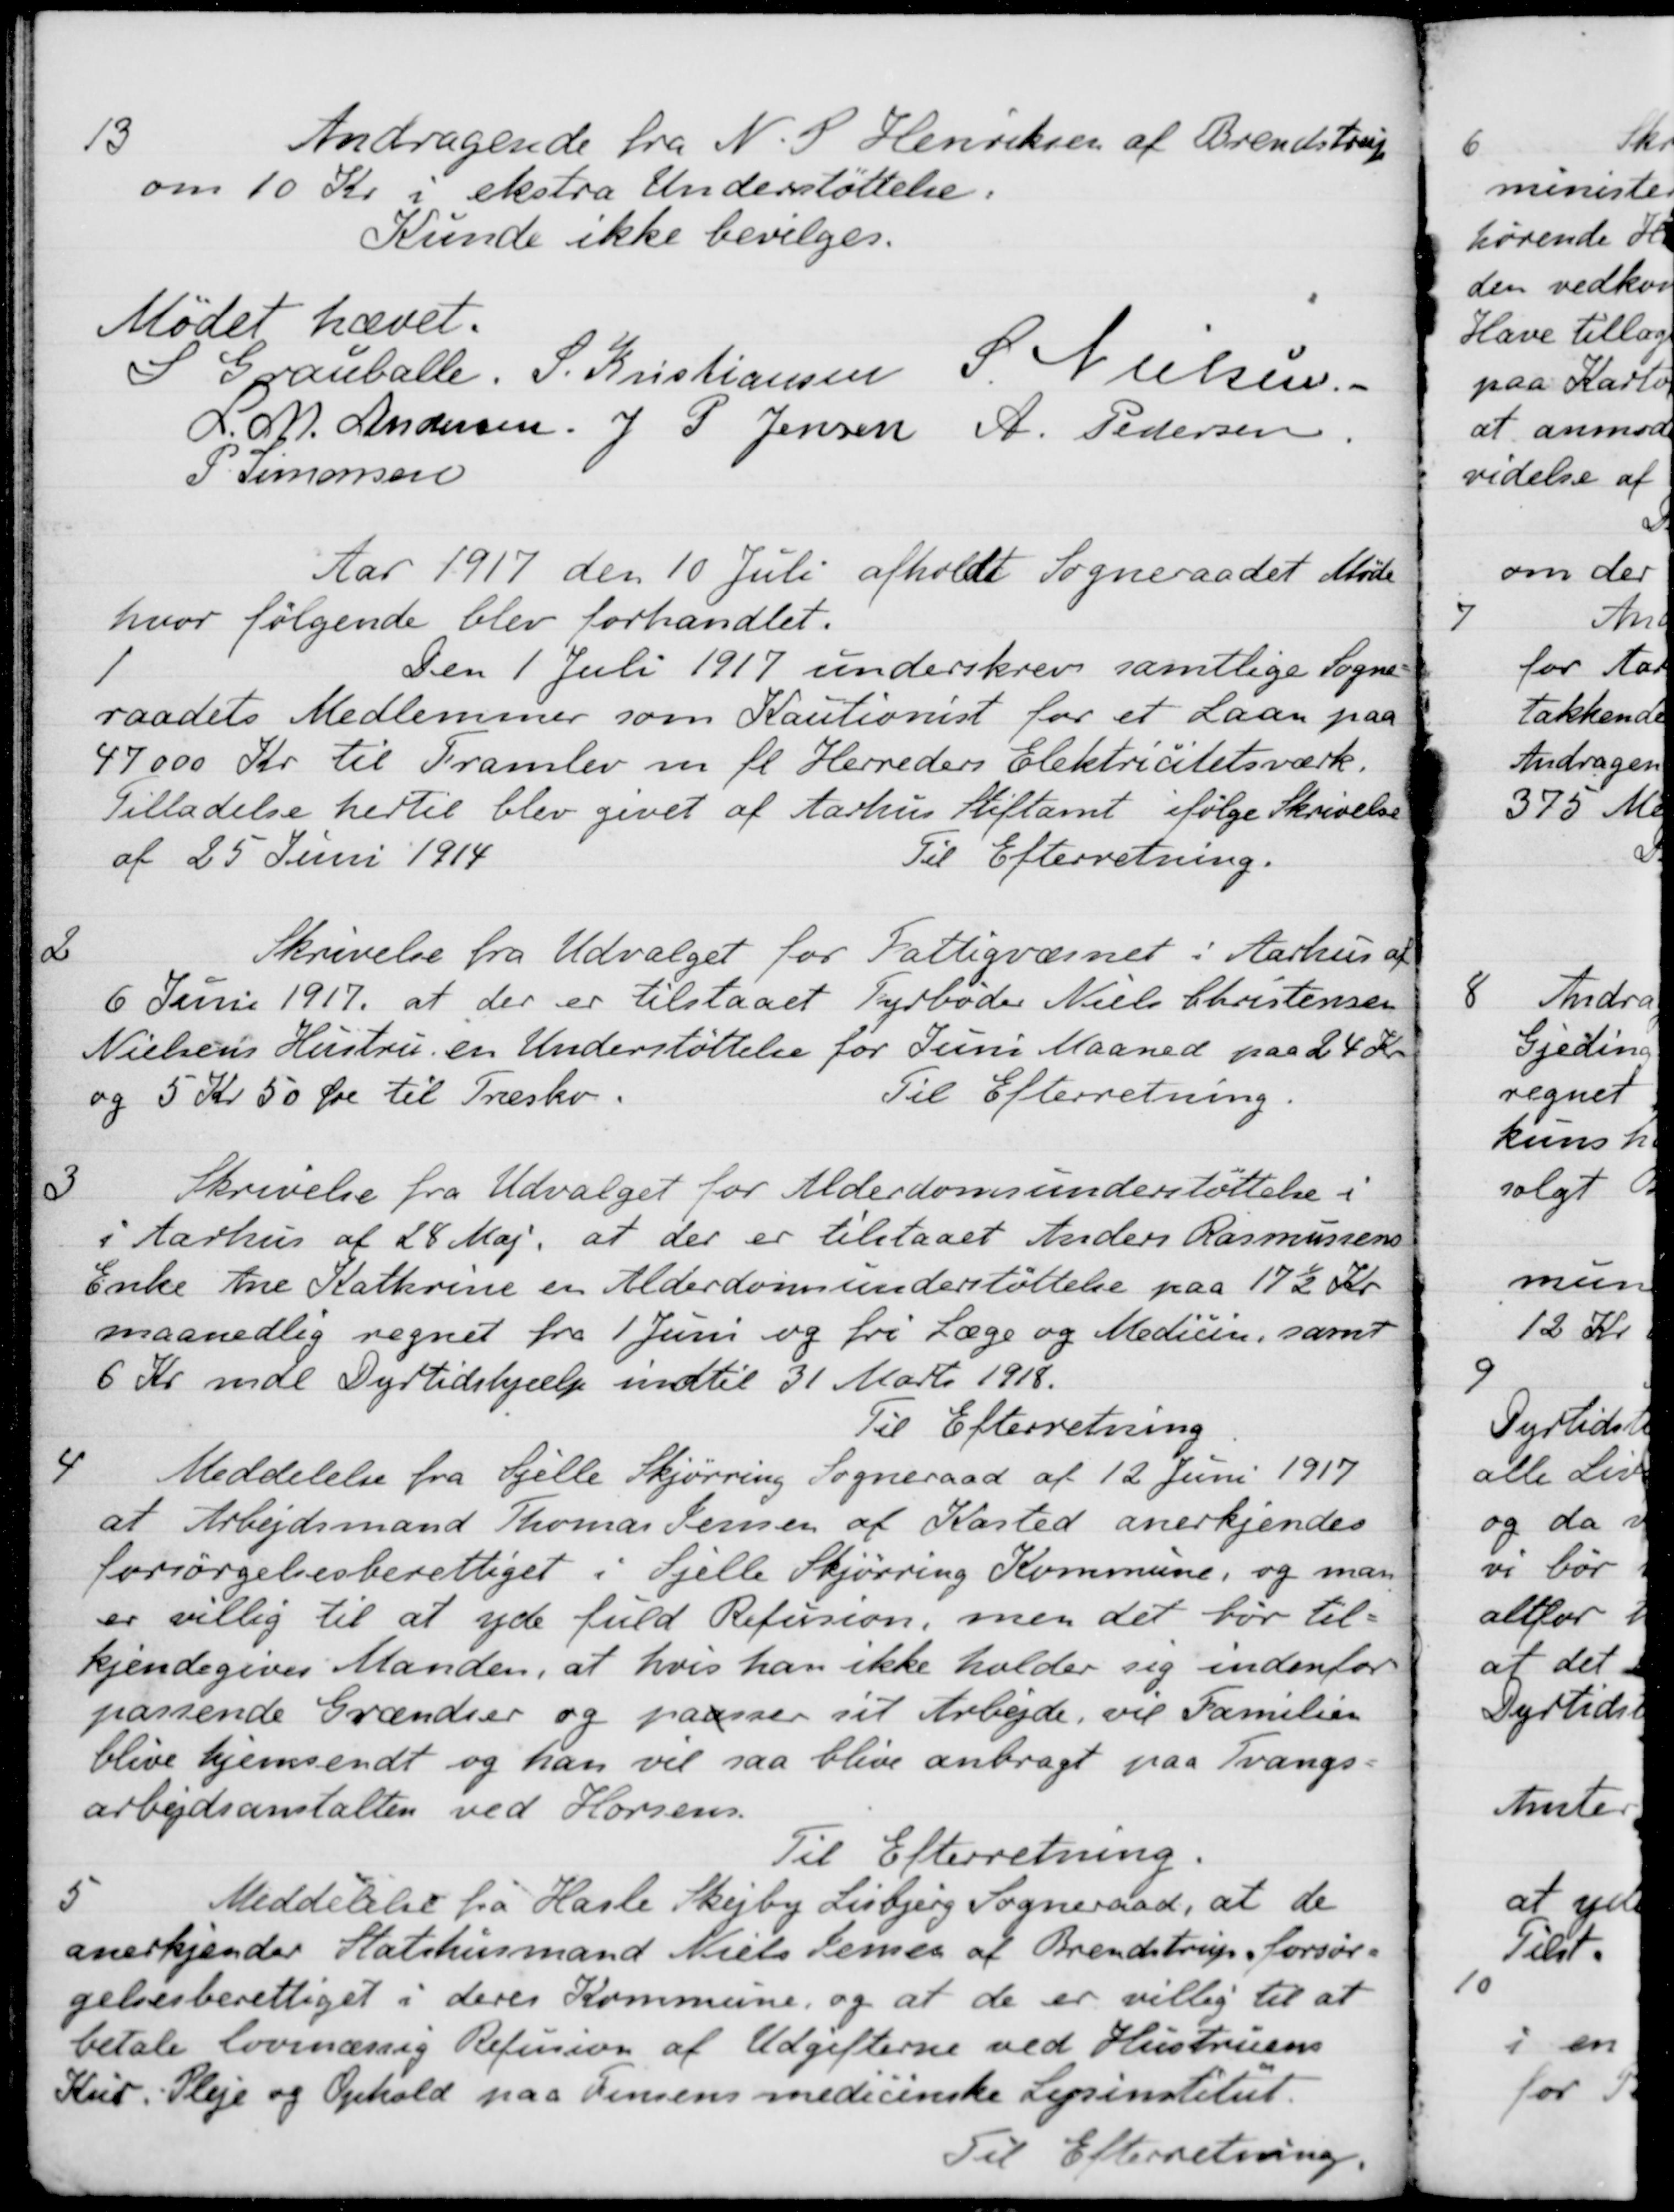
Transskription:
13
Andragende fra N. P. Henriksen af Brendstrup
om 10 Kr i ekstra Understøttelse.
Kunde ikke bevilges.
Mødet hævet.
S Grauballe,
S. Kristiansen
S. Nielsen.
L. M. Andersen
J P Jensen
A. Pedersen
P. Simonsen
Aar 1917 den 10 Juli afholdt Sogneraadet Møde
hvor følgende blev forhandlet.
1
Den 1 Juli 1917 underskrev samtlige Sogne-
raadets Medlemmer som Kautionist for et Laan paa
47000 Kr til Framlev m. fl. Herreders Elektricitetsværk.
Tilladelse hertil blev givet af Aarhus Stiftamt ifølge Skrivelse
af 25 Juni 1914
Til Efterretning.
2
Skrivelse fra Udvalget for Fattigvæsnet i Aarhus af
6 Juni 1917, at der er tilstaaet Fyrbøder Niels Christensen
Nielsens Hustru en Understøttelse for Juni Maaned paa 24 Kr
og 5 Kr 50 Øre til Træsko
Til Efterretning
3
Skrivelse fra Udvalget for Alderdomsunderstøttelse i
i Aarhus af 28 Maj: at der er tilstaaet Anders Rasmussens
Enke Ane Kathrine er Alderdomsunderstøttelse paa 17½ Kr.
maanedlig regnet fra 1 Juni og fri Læge og Medicin, samt
6 Kr mdl Dyrtidshjælp indtil 31 Marts 1918.
Til Efterretning
4
Meddelelse fra Sjelle Skjørring Sogneraad af 12 Juni 1917
at Arbejdsmand Thomas Jensen af Kasted anerkjendes
forsørgelsesberettiget i Sjelle Skjørring Kommune, og man
er villig til at yde fuld Refusion, men det bør til-
kjendegives Manden, at hvis han ikke holder sig indenfor
passende Grændser og paasser sit Arbejde, vil Familien
blive hjemsendt og han vil saa blive anbragt paa Tvangs-
arbejdsanstalten ved Horsens
Til Efterretning
5
Meddelelse fra Hasle Skejby Lisbjerg Sogneraad, at de
anerkjender Statshusmand Niels Lemes af Brendstrup, forsør-
gelsesberettiget i deres Kommune, og at de er villig til at
betale lovmæssig Refusion af Udgifterne ved Hustruens
Kur. Pleje og Ophold paa Finens medicinske Lysinstitut.
Til Efterretning.